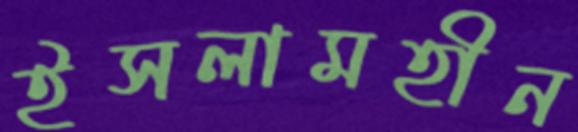
ইসলামহীন